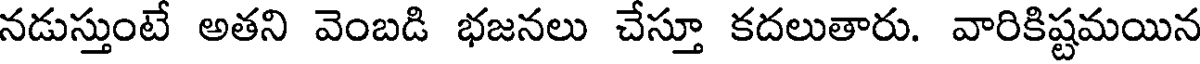
నడుస్తుంటే అతని వెంబడి భజనలు చేస్తూ కదలుతారు. వారికిష్టమయిన